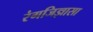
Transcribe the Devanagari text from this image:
रंगजिज्ञासा